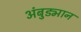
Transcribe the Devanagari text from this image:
अंबुड्मान